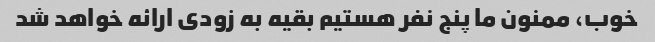
خوب، ممنون ما پنج نفر هستیم بقیه به زودی ارائه خواهد شد